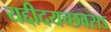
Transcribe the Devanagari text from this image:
यद्दीदयच्छवसऽ